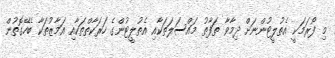
މި ފޯރަމަކީ އެތުލީޓުންނަށް ދިމާވާ ތަފާތު މައްސަލަތަކާއި އެތުލީޓުންގެ ހަރަކާތްތަކާއި އަމާޒުތަކާ ބެހޭގޮތުން